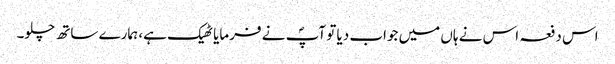
اس دفعہ اس نے ہاں میں جواب دیا تو آپؐ نے فرمایا ٹھیک ہے، ہمارے ساتھ چلو۔